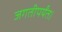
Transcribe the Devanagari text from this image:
जगतीपर्यंत।